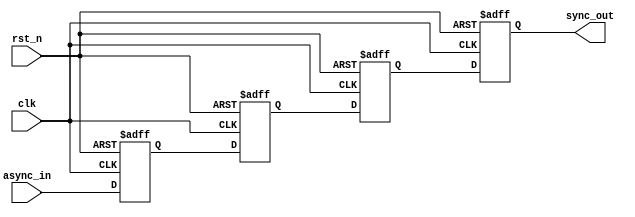
module triple_flip_flop_synchronizer (
    input wire async_in,    // Asynchronous input signal
    input wire clk,         // Clock signal of the target domain
    input wire rst_n,       // Active low asynchronous reset
    output reg sync_out     // Synchronized output signal
);

    // Internal signals for the flip-flops
    reg ff1, ff2, ff3;

    // Always block for the flip-flops
    always @(posedge clk or negedge rst_n) begin
        if (!rst_n) begin
            // Asynchronous reset
            ff1 <= 1'b0;
            ff2 <= 1'b0;
            ff3 <= 1'b0;
            sync_out <= 1'b0;
        end else begin
            // Synchronization process
            ff1 <= async_in;   // Sample async input
            ff2 <= ff1;        // Sample output of FF1
            ff3 <= ff2;        // Sample output of FF2
            sync_out <= ff3;   // Output the result of FF3
        end
    end

endmodule